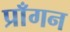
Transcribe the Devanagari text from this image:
प्राँगन